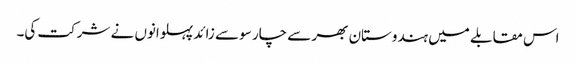
اس مقابلے میں ہندوستان بھر سے چار سو سے زائد پہلوانوں نے شرکت کی۔